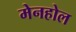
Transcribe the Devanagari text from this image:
मेनहोल